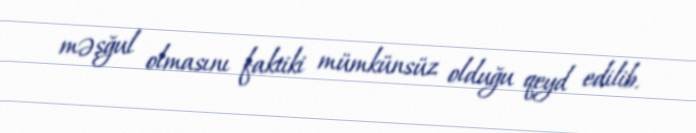
məşğul olmasını faktiki mümkünsüz olduğu qeyd edilib.